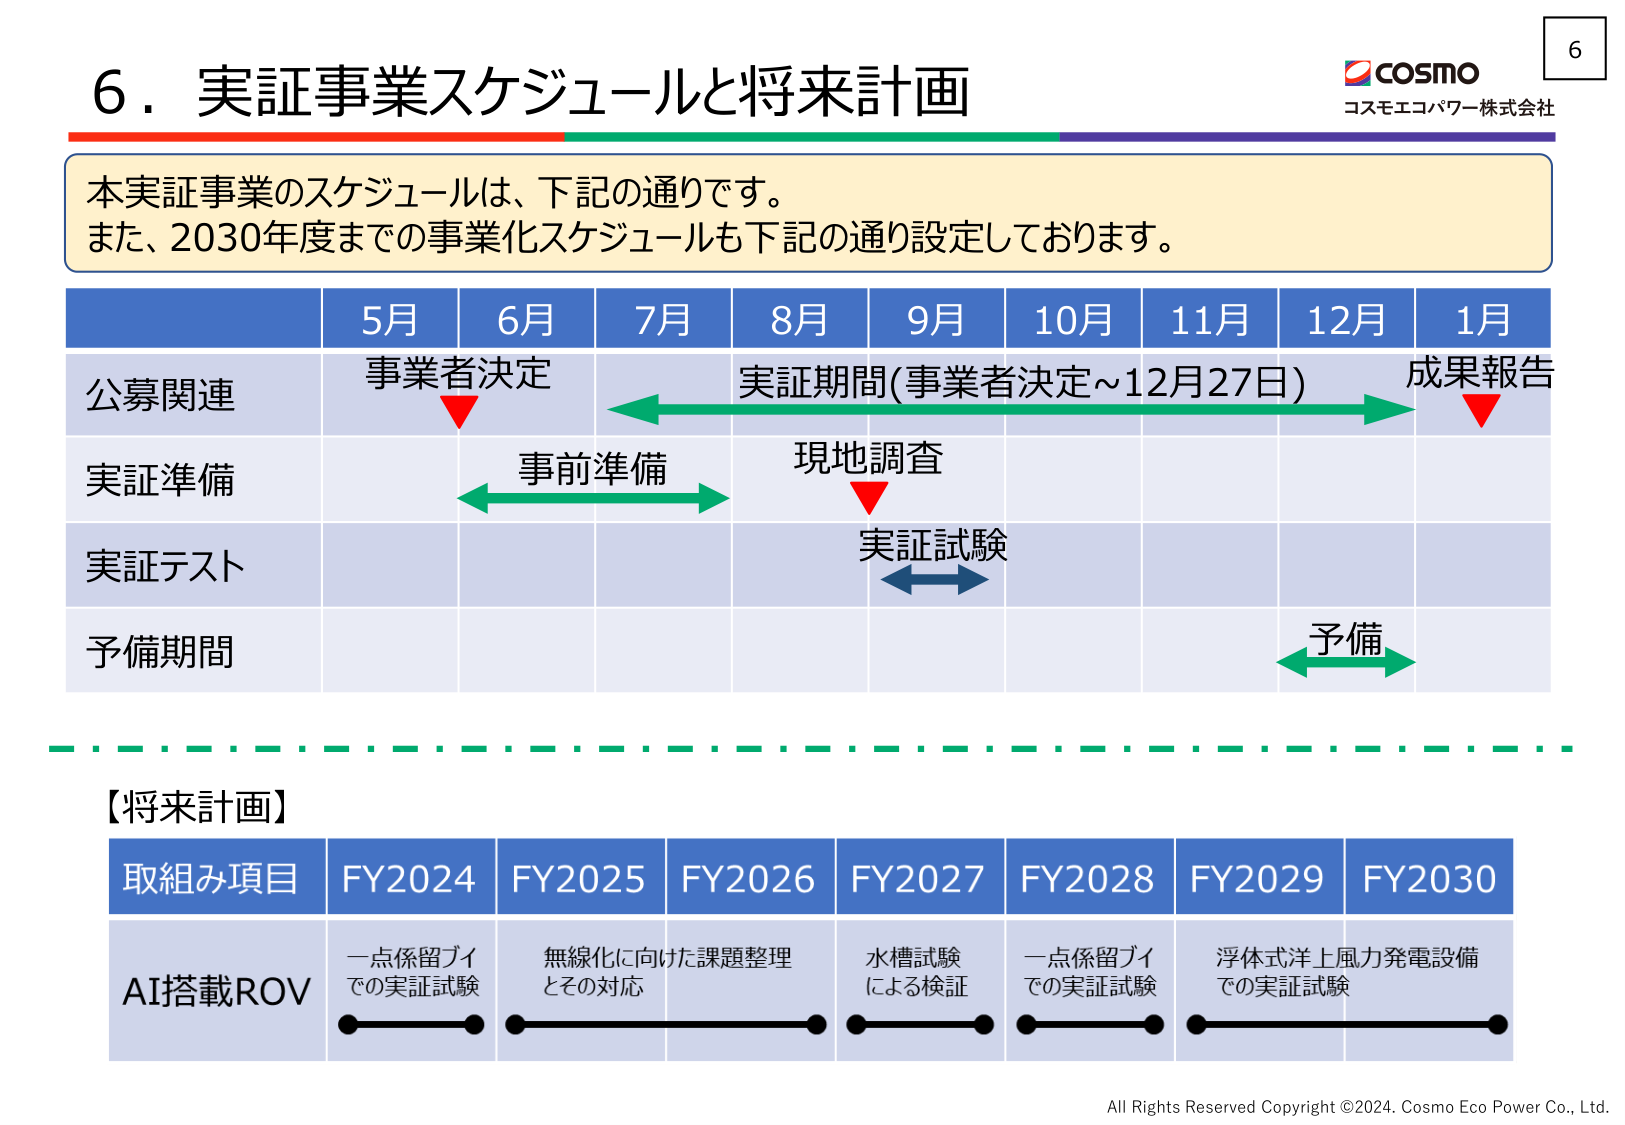
6．実証事業スケジュールと将来計画
COSMO
コスモエコパワー株式会社
本実証事業のスケジュールは、下記の通りです。
また、2030年度までの事業化スケジュールも下記の通り設定しております。
5月 6月 7月 8月 9月 10月 11月 12月 1月
公募関連 事業者決定 実証期間(事業者決定～12月27日) 成果報告
実証準備 事前準備 現地調査
実証テスト 実証試験
予備期間 予備
【将来計画】
取組み項目 FY2024 FY2025 FY2026 FY2027 FY2028 FY2029 FY2030
AI搭載ROV 一点係留ブイでの実証試験 無線化に向けた課題整理とその対応 水槽試験による検証 一点係留ブイでの実証試験 浮体式洋上風力発電設備での実証試験
All Rights Reserved Copyright ©2024. Cosmo Eco Power Co., Ltd.